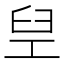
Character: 𬛸